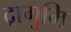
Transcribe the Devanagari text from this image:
द्रागुमि